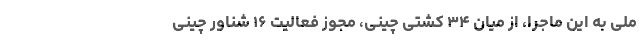
ملی به این ماجرا، از میان ۳۴ کشتی چینی، مجوز فعالیت ۱۶ شناور چینی